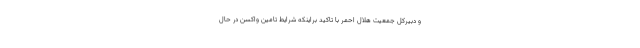
و دبیرکل جمعیت هلال احمر با تاکید براینکه شرایط تامین واکسن در حال